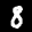
Label: 8